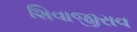
શિવાજીરાવ